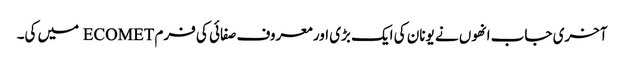
آخری جاب انھوں نے یونان کی ایک بڑی اور معروف صفائی کی فرم ECOMET میں کی۔